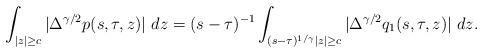
LaTeX: \begin{align*}\int_{|z| \geq c} |\Delta^{\gamma/2}p(s,\tau, z)| ~dz=(s-\tau)^{-1}\int_{(s-\tau)^{1/\gamma}|z| \geq c} |\Delta^{\gamma/2} q_1(s,\tau, z)| ~dz.\end{align*}